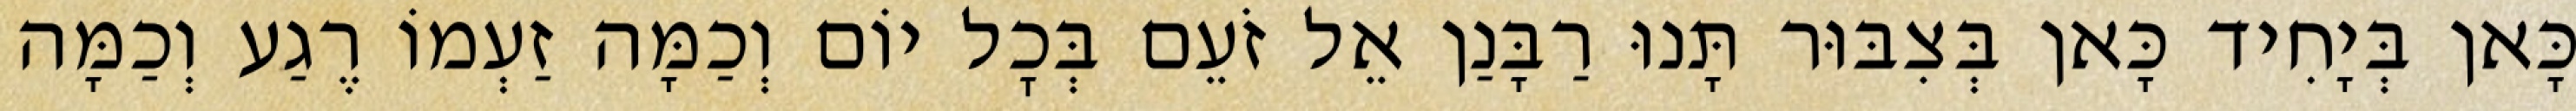
כָּאן בְּיָחִיד כָּאן בְּצִבּוּר תָּנוּ רַבָּנַן אֵל זֹעֵם בְּכׇל יוֹם וְכַמָּה זַעְמוֹ רֶגַע וְכַמָּה